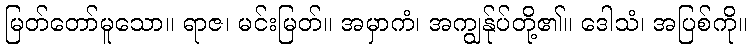
မြတ်တော်မူသော။ ရာဇ၊ မင်းမြတ်။ အမှာကံ၊ အကျွန်ုပ်တို့၏။ ဒေါသံ၊ အပြစ်ကို။